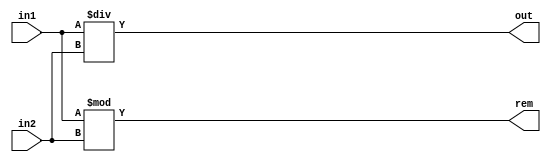
module DIV4 #(parameter SIZE = 4)(input [SIZE-1:0] in1, in2, 
    output [SIZE-1:0] out, rem);
assign out = in1/in2;
assign rem = in1%in2;
endmodule